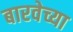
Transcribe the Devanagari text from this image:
बारवेच्या